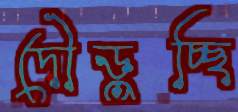
দৌড়ুচ্ছি